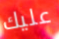
عليك